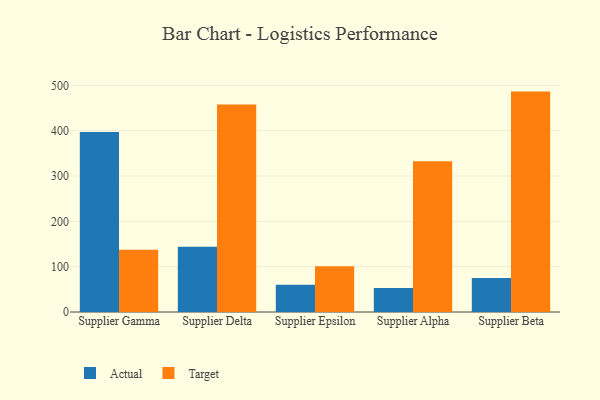
{"axis": {"x": "Supplier", "y": "Latency (ms)"}, "legend": ["Actual", "Target"], "data": [{"x": "Supplier Gamma", "y": 397.3, "type": "Actual"}, {"x": "Supplier Gamma", "y": 137.1, "type": "Target"}, {"x": "Supplier Delta", "y": 144.0, "type": "Actual"}, {"x": "Supplier Delta", "y": 457.8, "type": "Target"}, {"x": "Supplier Epsilon", "y": 60.3, "type": "Actual"}, {"x": "Supplier Epsilon", "y": 101.1, "type": "Target"}, {"x": "Supplier Alpha", "y": 53.0, "type": "Actual"}, {"x": "Supplier Alpha", "y": 332.8, "type": "Target"}, {"x": "Supplier Beta", "y": 75.2, "type": "Actual"}, {"x": "Supplier Beta", "y": 486.3, "type": "Target"}]}